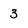
Character: 3